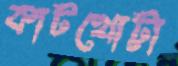
কাটখোট্টা